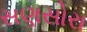
સણસોરા